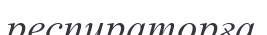
респираторға